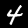
Label: 4